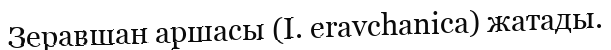
Зеравшан аршасы (І. eravchanіca) жатады.